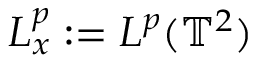
L _ { x } ^ { p } : = L ^ { p } ( \mathbb { T } ^ { 2 } )